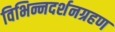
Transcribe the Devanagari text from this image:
विभिन्नदर्शनग्रहण